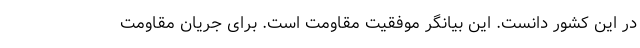
در این کشور دانست. این بیانگر موفقیت مقاومت است‌. برای جریان مقاومت